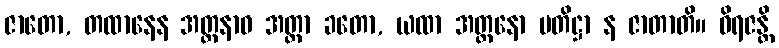
ဇာတော, တထာနေန အတ္တနာဝ အတ္တာ ခတော, ယထာ အတ္တနော ပတိဋ္ဌာ န ဇာတာတိ။ ဝိရဇန္တိ